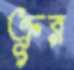
ক্রূর